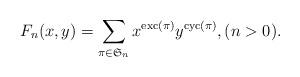
LaTeX: \begin{align*}F_n(x,y) = \sum_{\pi \in \mathfrak{S}_n} x^{\mathrm{exc}(\pi)} y^{\mathrm{cyc}(\pi)}, (n > 0).\end{align*}